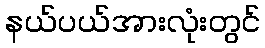
နယ်ပယ်အားလုံးတွင်